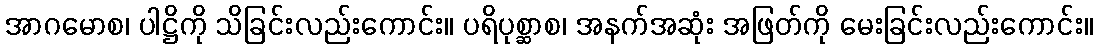
အာဂမောစ၊ ပါဋ္ဌိကို သိခြင်းလည်းကောင်း။ ပရိပုစ္ဆာစ၊ အနက်အဆုံး အဖြတ်ကို မေးခြင်းလည်းကောင်း။